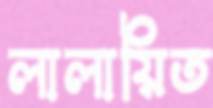
লালায়িত